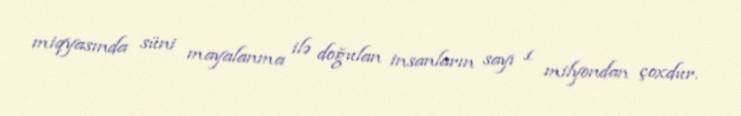
miqyasında süni mayalanma ilə doğulan insanların sayı 1 milyondan çoxdur.